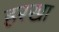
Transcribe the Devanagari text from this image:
हरखा